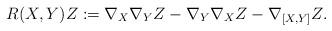
LaTeX: \begin{align*} R(X,Y)Z := \nabla _X \nabla _Y Z - \nabla _Y \nabla _X Z - \nabla _{[X,Y]} Z.\end{align*}